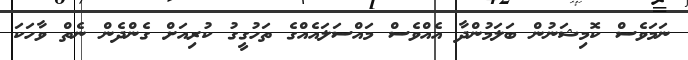
ނަމަވެސް ކޮމިޝަނުން ބަލަމުންދާ އެއްވެސް މައްސަލައެއްގެ ތަހުގީގު ކުރިއަށް ގެންދެން ނެތް ވާހަކަ